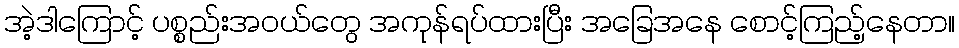
အဲ့ဒါကြောင့် ပစ္စည်းအဝယ်တွေ အကုန်ရပ်ထားပြီး အခြေအနေ စောင့်ကြည့်နေတာ။